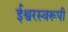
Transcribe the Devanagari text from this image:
ईश्वरस्वरूपी